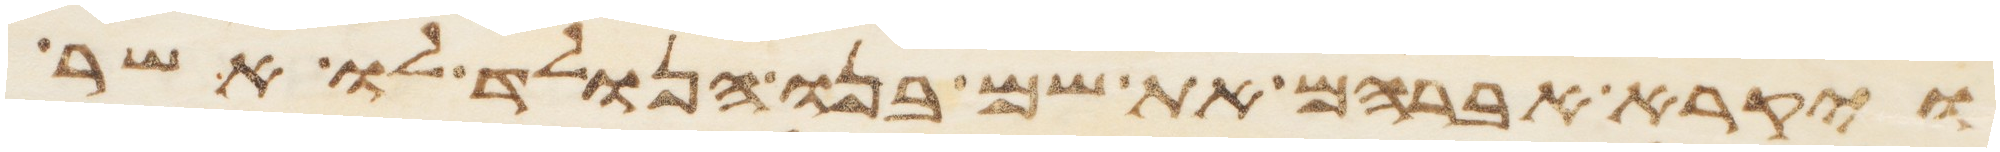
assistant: ויקרא אברהם את שם בנו הנולד לו אשר